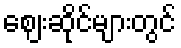
ဈေးဆိုင်များတွင်